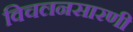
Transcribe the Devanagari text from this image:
विचलनसारणी